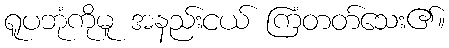
ရူပဘုံကိုမူ အနည်းငယ် ကြံတတ်သေး၏။